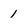
Character: 1